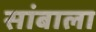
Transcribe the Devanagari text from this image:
सांबाला